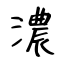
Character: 濃